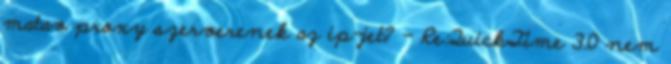
matav proxy szerverenek az ip-jet? - Re:QuickTime 3.0 nem